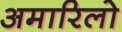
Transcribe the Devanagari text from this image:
अमारिलो